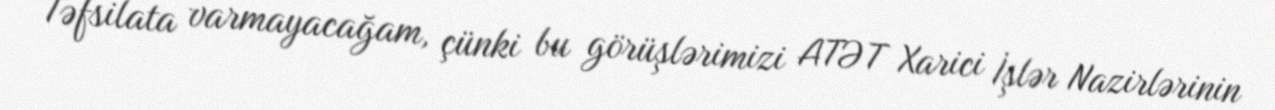
Təfsilata varmayacağam, çünki bu görüşlərimizi ATƏT Xarici İşlər Nazirlərinin